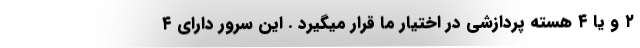
۲ و یا ۴ هسته پردازشی در اختیار ما قرار میگیرد . این سرور دارای ۴